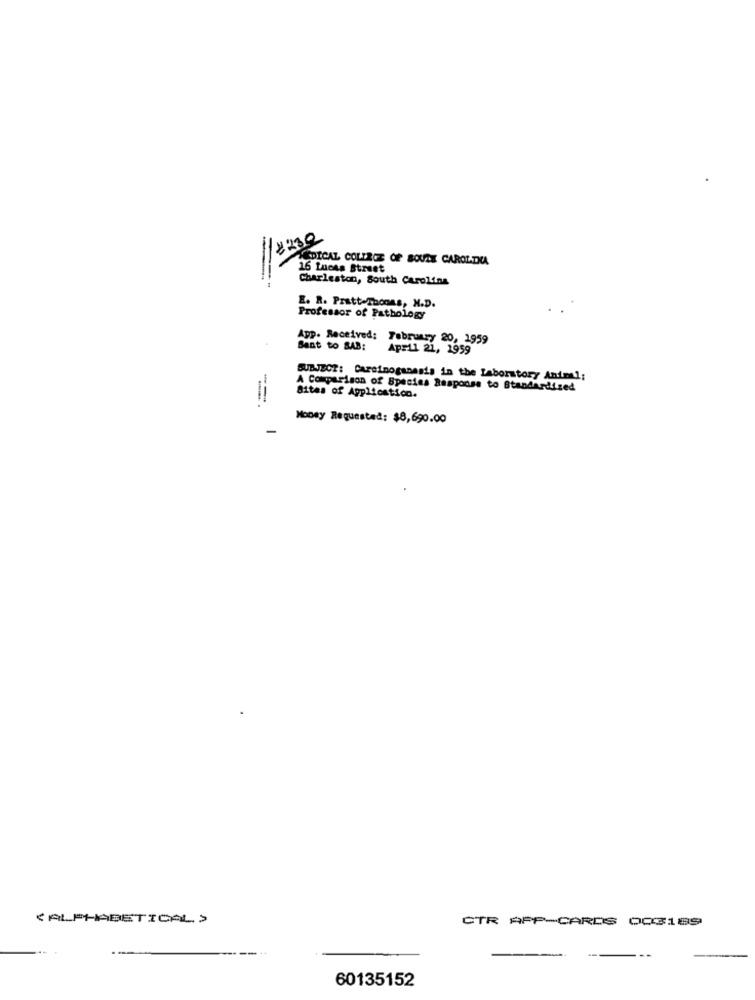
8230
MEDICAL COLLEGE OF BOULE CAROLINA
16 Luces Street
Charleston, South Carolina
E. R. Pratt-Thomas, N.D.
Professor of Pathology
App. Received: February 20, 1959
Bant to SAB:
April 21, 1959
SUBJECT: Careinoganasis in the Laboratory Animal:
A Comparison of Species Response to Standardized
Sites of Application.
Money Requested: $8,690.00
CALPHABETICAL >
CTR APP-CARDS 003189
60135152